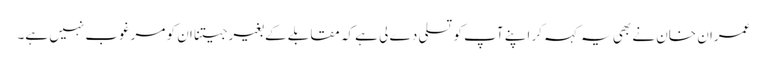
عمران خان نے بھی یہ کہہ کر اپنے آپ کو تسلی دے لی ہے کہ مقابلے کے بغیر جیتنا ان کو مرغوب نہیں ہے۔